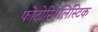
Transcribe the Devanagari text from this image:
फोटोरियलिस्टिक